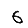
Digit: 6